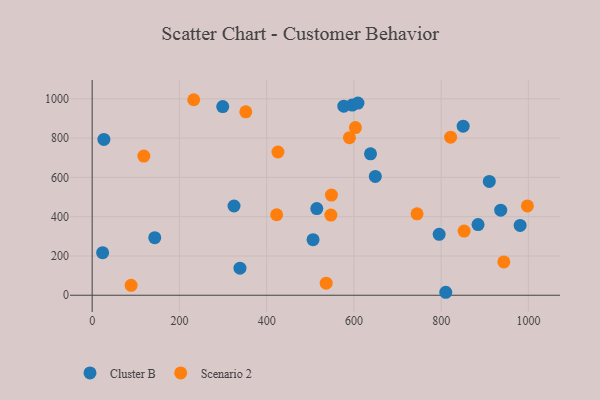
{"axis": {"x": "Investment", "y": "Salary"}, "legend": ["Cluster B", "Scenario 2"], "data": [{"x": "981.1", "y": 355.7, "type": "Cluster B"}, {"x": "514.9", "y": 441.5, "type": "Cluster B"}, {"x": "596.2", "y": 968.4, "type": "Cluster B"}, {"x": "143.5", "y": 293.3, "type": "Cluster B"}, {"x": "638.1", "y": 720.1, "type": "Cluster B"}, {"x": "910.4", "y": 579.6, "type": "Cluster B"}, {"x": "795.5", "y": 310.2, "type": "Cluster B"}, {"x": "325.2", "y": 454.3, "type": "Cluster B"}, {"x": "884.6", "y": 359.8, "type": "Cluster B"}, {"x": "810.6", "y": 15.1, "type": "Cluster B"}, {"x": "609.3", "y": 978.6, "type": "Cluster B"}, {"x": "338.8", "y": 137.8, "type": "Cluster B"}, {"x": "24.0", "y": 216.8, "type": "Cluster B"}, {"x": "576.9", "y": 962.9, "type": "Cluster B"}, {"x": "299.3", "y": 960.5, "type": "Cluster B"}, {"x": "850.5", "y": 860.6, "type": "Cluster B"}, {"x": "649.1", "y": 605.0, "type": "Cluster B"}, {"x": "936.6", "y": 433.2, "type": "Cluster B"}, {"x": "506.4", "y": 282.9, "type": "Cluster B"}, {"x": "26.9", "y": 793.6, "type": "Cluster B"}, {"x": "118.4", "y": 708.8, "type": "Scenario 2"}, {"x": "548.5", "y": 510.0, "type": "Scenario 2"}, {"x": "821.7", "y": 804.8, "type": "Scenario 2"}, {"x": "744.8", "y": 414.3, "type": "Scenario 2"}, {"x": "547.2", "y": 408.3, "type": "Scenario 2"}, {"x": "89.3", "y": 50.5, "type": "Scenario 2"}, {"x": "997.7", "y": 454.8, "type": "Scenario 2"}, {"x": "943.7", "y": 169.4, "type": "Scenario 2"}, {"x": "589.8", "y": 802.3, "type": "Scenario 2"}, {"x": "352.2", "y": 933.8, "type": "Scenario 2"}, {"x": "425.9", "y": 729.4, "type": "Scenario 2"}, {"x": "422.9", "y": 409.9, "type": "Scenario 2"}, {"x": "232.8", "y": 995.5, "type": "Scenario 2"}, {"x": "603.5", "y": 853.7, "type": "Scenario 2"}, {"x": "852.7", "y": 326.5, "type": "Scenario 2"}, {"x": "536.5", "y": 61.2, "type": "Scenario 2"}]}